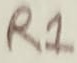
Text: R1